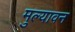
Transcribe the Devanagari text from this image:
मुल्यावन